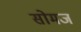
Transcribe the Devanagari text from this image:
सोमज